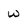
Character: w